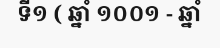
ទី១ ( ឆ្នាំ ១០០១ - ឆ្នាំ